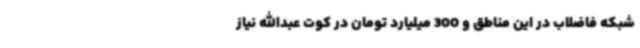
شبکه فاضلاب در این مناطق و 300 میلیارد تومان در کوت ‌عبدالله نیاز